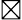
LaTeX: \boxtimes